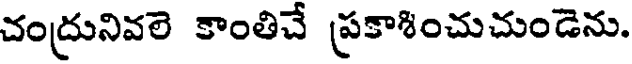
చంద్రునివలె కాంతిచే ప్రకాశించుచుండెను.